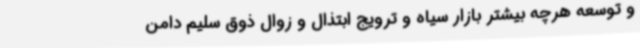
و توسعه هرچه بیشتر بازار سیاه و ترویج ابتذال و زوال ذوق سلیم دامن